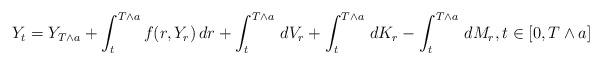
LaTeX: \begin{align*}Y_t=Y_{T\wedge a}+\int_t^{T\wedge a} f(r,Y_r)\,dr+\int_t^{T\wedge a}\,dV_r+\int_t^{T\wedge a}\,dK_r-\int_t^{T\wedge a}\,dM_r,t\in [0,T\wedge a]\end{align*}